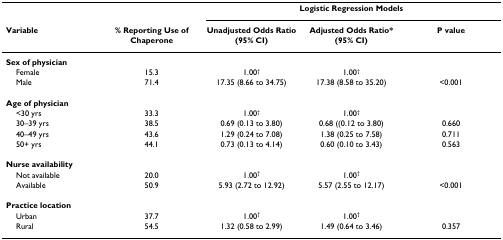
<table><thead><tr><td></td><td></td><td colspan="3"><b>Logistic Regression Models</b></td></tr><tr><td><b>Variable</b></td><td><b>% Reporting Use of Chaperone</b></td><td><b>Unadjusted Odds Ratio(95% CI)</b></td><td><b>Adjusted Odds Ratio*(95% CI)</b></td><td><b>P value</b></td></tr></thead><tbody><tr><td><b>Sex of physician</b></td><td></td><td></td><td></td><td></td></tr><tr><td> Female</td><td>15.3</td><td>1.00<sup>†</sup></td><td>1.00<sup>†</sup></td><td></td></tr><tr><td> Male</td><td>71.4</td><td>17.35 (8.66 to 34.75)</td><td>17.38 (8.58 to 35.20)</td><td>&lt;0.001</td></tr><tr><td><b>Age of physician</b></td><td></td><td></td><td></td><td></td></tr><tr><td> &lt;30 yrs</td><td>33.3</td><td>1.00<sup>†</sup></td><td>1.00<sup>†</sup></td><td></td></tr><tr><td> 30–39 yrs</td><td>38.5</td><td>0.69 (0.13 to 3.80)</td><td>0.68 ((0.12 to 3.80)</td><td>0.660</td></tr><tr><td> 40–49 yrs</td><td>43.6</td><td>1.29 (0.24 to 7.08)</td><td>1.38 (0.25 to 7.58)</td><td>0.711</td></tr><tr><td> 50+ yrs</td><td>44.1</td><td>0.73 (0.13 to 4.14)</td><td>0.60 (0.10 to 3.43)</td><td>0.563</td></tr><tr><td><b>Nurse availability</b></td><td></td><td></td><td></td><td></td></tr><tr><td> Not available</td><td>20.0</td><td>1.00<sup>†</sup></td><td>1.00<sup>†</sup></td><td></td></tr><tr><td> Available</td><td>50.9</td><td>5.93 (2.72 to 12.92)</td><td>5.57 (2.55 to 12.17)</td><td>&lt;0.001</td></tr><tr><td><b>Practice location</b></td><td></td><td></td><td></td><td></td></tr><tr><td> Urban</td><td>37.7</td><td>1.00<sup>†</sup></td><td>1.00<sup>†</sup></td><td></td></tr><tr><td> Rural</td><td>54.5</td><td>1.32 (0.58 to 2.99)</td><td>1.49 (0.64 to 3.46)</td><td>0.357</td></tr></tbody></table>